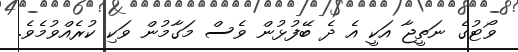
ވޯޓުގެ ނަތީޖާ އަކީ އެ ދެ ބޭފުޅުން ވެސް މަގާމުން ވަކި ކުރެއްވުމެވެ.